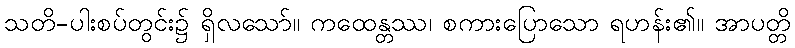
သတိ-ပါးစပ်တွင်း၌ ရှိလသော်။ ကထေန္တဿ၊ စကားပြောသော ရဟန်း၏။ အာပတ္တိ